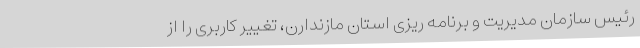
رئیس سازمان مدیریت و برنامه ریزی استان مازندارن، تغییر کاربری را از